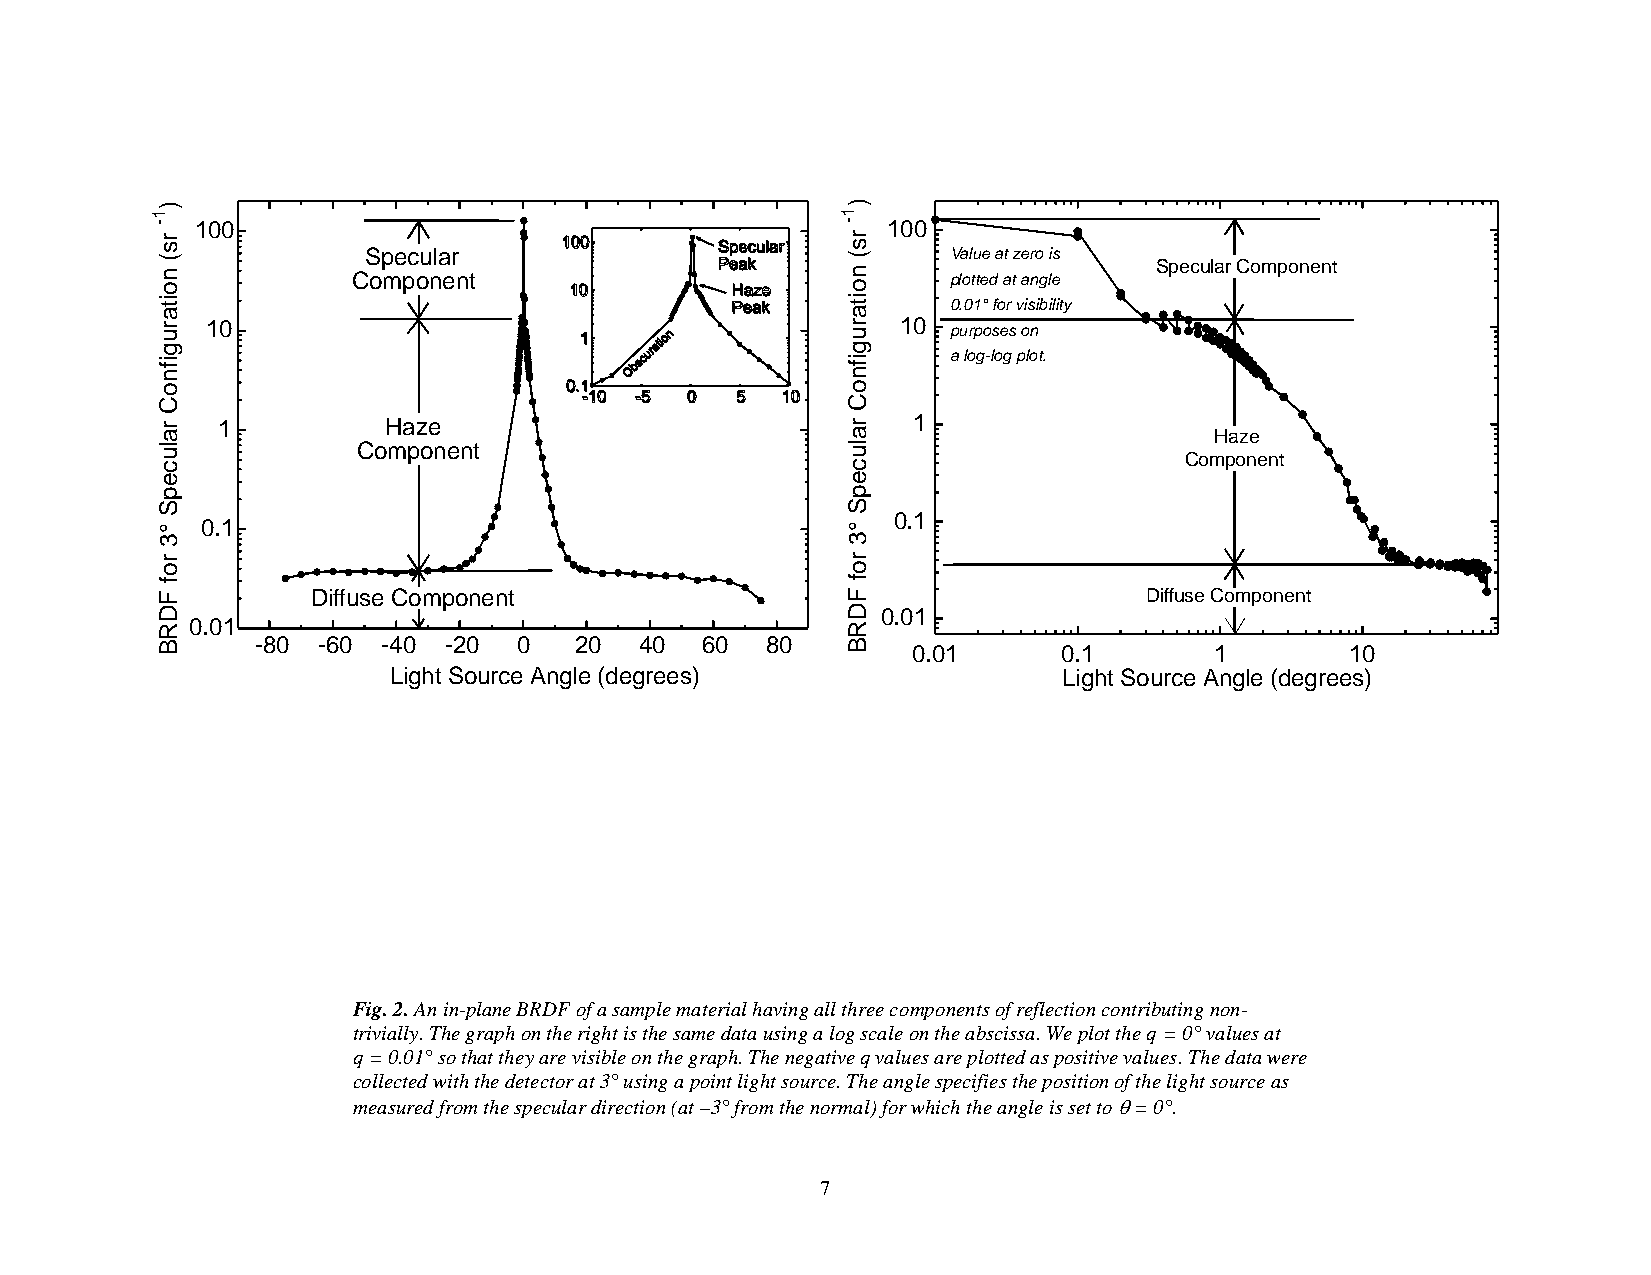
1 -)
 r s (
 n
 100
 CS op me pc ou nla er
 nt
 1 -)
 r s (
 n
 100
 V pla ol tu tee
 d
 a at tz ae nro
 g
 li es  Specular Component
 o                                             o
 it
 a
 it
 a
 0.01° for visibility
 r u 10                                        r u 10 purposes on
 g if
 n
 g if
 n
 a log-log plot.
 o                                             o
 C                                             C
 r a 1          Haze                           r a 1                   Haze
 lu            Component                       lu
 Component
 c                                             c
 e                                             e
 p                                             p
 S                                             S
 °  0.1                                        °
 0.1
 3                                             3
 r o                                           r o
 f
 F          Diffuse Component
 f
 F                   Diffuse Component
 D                                             D 0.01
 R  0.01                                       R
 B      -80 -60 -40 -20  0   20  40  60   80   B   0.01      0.1       1        10
 Light Source Angle (degrees)                Light Source Angle (degrees)
 Fig. 2. An in-plane BRDF of a sample material having all three components of reflection contributing non-
 trivially. The graph on the right is the same data using a log scale on the abscissa. We plot the q = 0° values at
 q = 0.01° so that they are visible on the graph. The negative q values are plotted as positive values. The data were
 collected with the detector at 3° using a point light source. The angle specifies the position of the light source as
 measured from the specular direction (at –3° from the normal) for which the angle is set to  = 0°.
 7